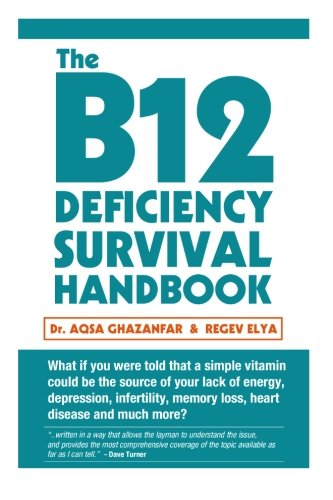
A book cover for The B12 Deficiency Survival Handbook: Fix Your Vitamin B12 Deficiency Before Any Permanent Nerve and Brain Damage; Dr. Aqsa Ghazanfar; Health, Fitness & Dieting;